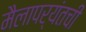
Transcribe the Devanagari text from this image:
मैलापर्यंतची